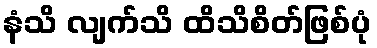
နံသိ လျက်သိ ထိသိစိတ်ဖြစ်ပုံ